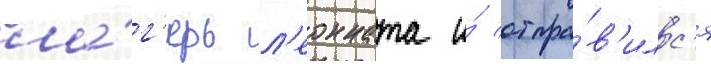
ла́г'ерь л'еонната и́ отпра́в'илс'я